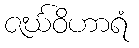
ဇင်္ဃဝိဟာရံ